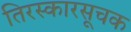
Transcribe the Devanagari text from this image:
तिरस्कारसूचक